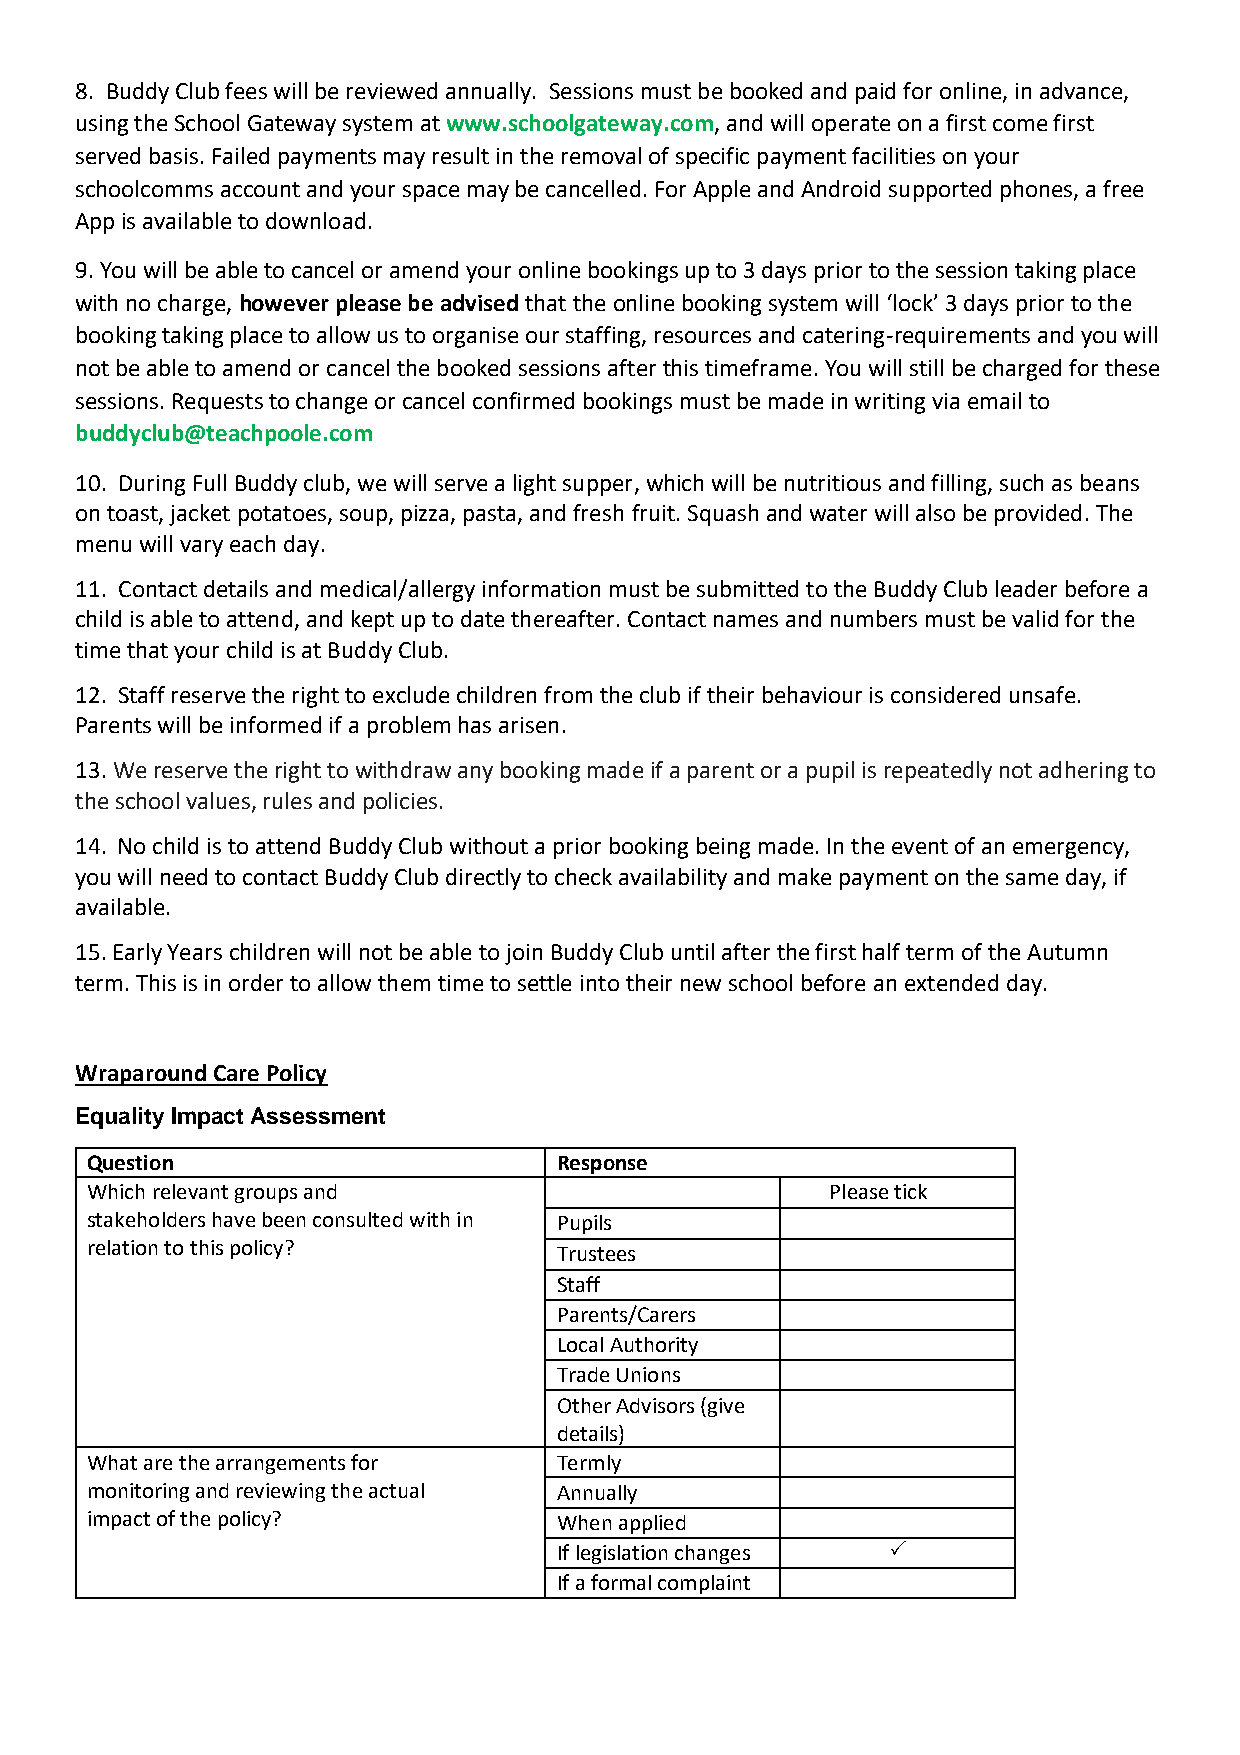
8. Buddy Club fees will be reviewed annually. Sessions must be booked and paid for online, in advance,
 using the School Gateway system at www.schoolgateway.com, and will operate on a first come first
 served basis. Failed payments may result in the removal of specific payment facilities on your
 schoolcomms account and your space may be cancelled. For Apple and Android supported phones, a free
 App is available to download.
 9. You will be able to cancel or amend your online bookings up to 3 days prior to the session taking place
 with no charge, however please be advised that the online booking system will ‘lock’ 3 days prior to the
 booking taking place to allow us to organise our staffing, resources and catering-requirements and you will
 not be able to amend or cancel the booked sessions after this timeframe. You will still be charged for these
 sessions. Requests to change or cancel confirmed bookings must be made in writing via email to
 buddyclub@teachpoole.com
 10. During Full Buddy club, we will serve a light supper, which will be nutritious and filling, such as beans
 on toast, jacket potatoes, soup, pizza, pasta, and fresh fruit. Squash and water will also be provided. The
 menu will vary each day.
 11. Contact details and medical/allergy information must be submitted to the Buddy Club leader before a
 child is able to attend, and kept up to date thereafter. Contact names and numbers must be valid for the
 time that your child is at Buddy Club.
 12. Staff reserve the right to exclude children from the club if their behaviour is considered unsafe.
 Parents will be informed if a problem has arisen.
 13. We reserve the right to withdraw any booking made if a parent or a pupil is repeatedly not adhering to
 the school values, rules and policies.
 14. No child is to attend Buddy Club without a prior booking being made. In the event of an emergency,
 you will need to contact Buddy Club directly to check availability and make payment on the same day, if
 available.
 15. Early Years children will not be able to join Buddy Club until after the first half term of the Autumn
 term. This is in order to allow them time to settle into their new school before an extended day.
 Wraparound Care Policy
 Equality Impact Assessment
 Question                       Response
 Which relevant groups and                        Please tick
 stakeholders have been consulted with in Pupils        
 relation to this policy?       Trustees                
 Staff                   
 Parents/Carers          
 Local Authority         
 Trade Unions            
 Other Advisors (give    
 details)
 What are the arrangements for  Termly                
 monitoring and reviewing the actual Annually         
 impact of the policy?          When applied          
 If legislation changes 
 If a formal complaint 